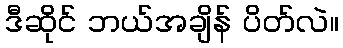
ဒီဆိုင် ဘယ်အချိန် ပိတ်လဲ။